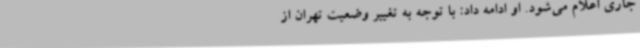
جاری اعلام می‌شود. او ادامه داد: با توجه به تغییر وضعیت تهران از